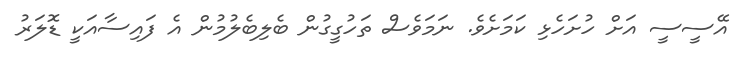
އޭސީސީ އަށް ހުށަހެޅި ކަމަށެވެ. ނަމަވެސް ތަހުގީގުން ބެލިބެލުމުން އެ ފައިސާއަކީ ޑޮލަރު